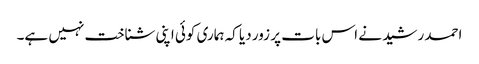
احمد رشید نے اس بات پر زور دیا کہ ہماری کوئی اپنی شناخت نہیں ہے۔